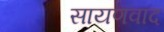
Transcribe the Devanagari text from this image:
सायणवाद